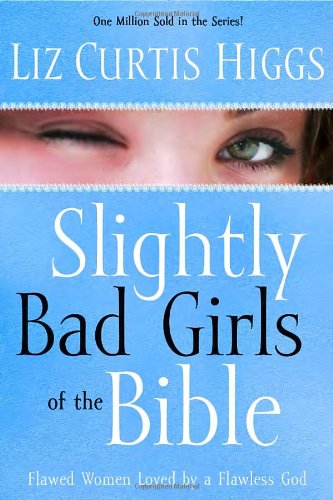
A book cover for Slightly Bad Girls of the Bible: Flawed Women Loved by a Flawless God; Liz Curtis Higgs; Christian Books & Bibles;